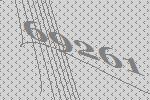
69261